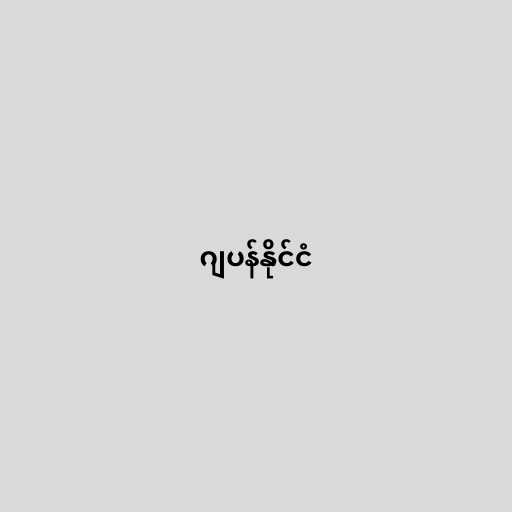
ဂျပန်နိုင်ငံ